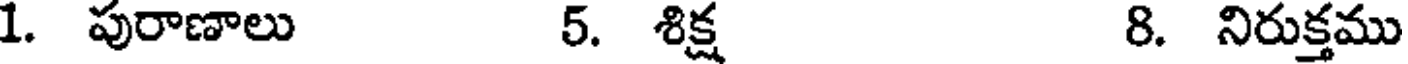
1. పురాణాలు 5. శిక్ష 8. నిరుక్తము